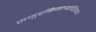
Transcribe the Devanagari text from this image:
समुद्रकिनार्‍यांशिवाय